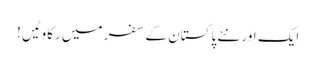
ایک اور نئے پاکستان کے سفر میں رکاوٹیں!